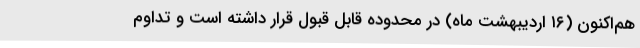
هم‌اکنون (۱۶ اردیبهشت ماه) در محدوده قابل قبول قرار داشته است و تداوم